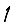
Digit: 1